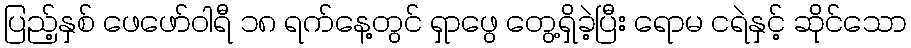
ပြည့်နှစ် ဖေဖော်ဝါရီ ၁၈ ရက်နေ့တွင် ရှာဖွေ တွေ့ရှိခဲ့ပြီး ရောမ ငရဲနှင့် ဆိုင်သော